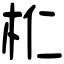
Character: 𣏴